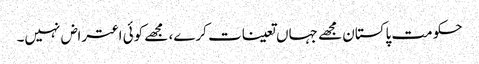
حکومت پاکستان مجھے جہاں تعینات کرے، مجھے کوئی اعتراض نہیں۔